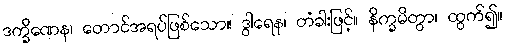
ဒက္ခိဏေန၊ တောင်အရပ်ဖြစ်သော။ ဒွါရေန၊ တံခါးဖြင့်။ နိက္ခမိတွာ၊ ထွက်၍။